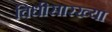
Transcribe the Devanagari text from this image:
विधीसारख्या